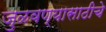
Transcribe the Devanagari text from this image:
जुळवण्यासाठीचे